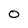
Character: O